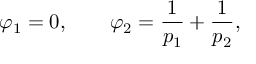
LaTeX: \varphi _ { 1 } = 0 , \qquad \varphi _ { 2 } = \frac { 1 } { p _ { 1 } } + \frac { 1 } { p _ { 2 } } ,